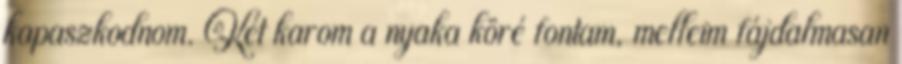
kapaszkodnom. Két karom a nyaka köré fontam, melleim fájdalmasan